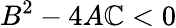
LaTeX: B^{2}-4A\mathbb{C}<0